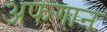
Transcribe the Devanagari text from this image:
अफगा़न